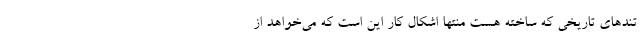
تندهای تاریخی که ساخته هست منتها اشکال کار این است که می‌خواهد از